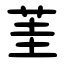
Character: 茥